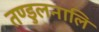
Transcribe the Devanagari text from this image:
तण्डुलनालि